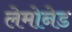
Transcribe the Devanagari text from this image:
लेमोनेड